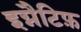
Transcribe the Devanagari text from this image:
इग्नैटिफ़